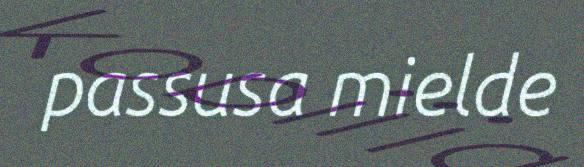
passusa mielde